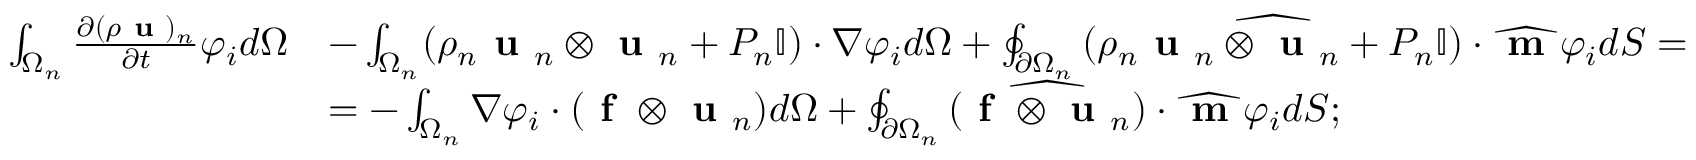
\begin{array} { r l } { \int _ { \Omega _ { n } } \frac { \partial ( \rho \textbf { u } ) _ { n } } { \partial t } \varphi _ { i } d \Omega } & { - \int _ { \Omega _ { n } } ( \rho _ { n } \textbf { u } _ { n } \otimes \textbf { u } _ { n } + P _ { n } \mathbb { I } ) \cdot \nabla \varphi _ { i } d \Omega + \oint _ { \partial \Omega _ { n } } \widehat { ( \rho _ { n } \textbf { u } _ { n } \otimes \textbf { u } _ { n } + P _ { n } \mathbb { I } ) } \cdot \widehat { \textbf { m } } \varphi _ { i } d S = } \\ & { = - \int _ { \Omega _ { n } } \nabla \varphi _ { i } \cdot ( \textbf { f } \otimes \textbf { u } _ { n } ) d \Omega + \oint _ { \partial \Omega _ { n } } \widehat { ( \textbf { f } \otimes \textbf { u } _ { n } ) } \cdot \widehat { \textbf { m } } \varphi _ { i } d S ; } \end{array}